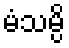
မံသမ္ပိ